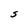
Character: S